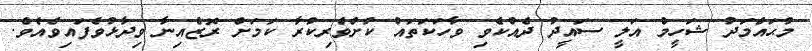
މުޙައްމަދު ޝަހީމް އަލީ ސައީދު ދެއްކެވި ވާހަކަތައް ކުށްވެރިކުރާ ކަމަށް ރޮޒެއިނާ ވިދާޅުވެފައިވެއެވެ.